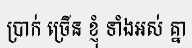
ប្រាក់ ច្រើន ខ្ញុំ ទាំងអស់ គ្នា